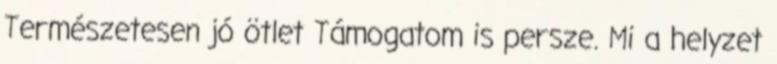
Természetesen jó ötlet Támogatom is persze. Mi a helyzet